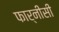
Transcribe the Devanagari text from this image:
फार्नीसी